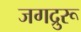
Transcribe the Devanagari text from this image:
जगद्रुरू